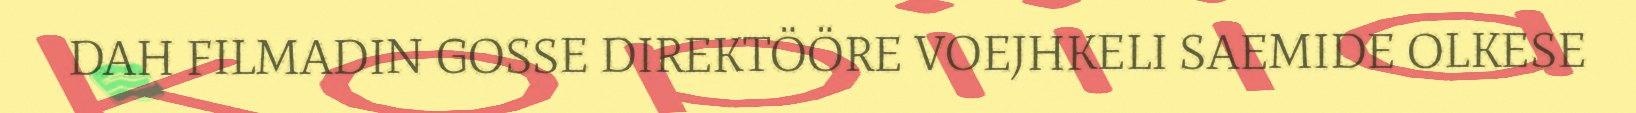
DAH FILMADIN GOSSE DIREKTÖÖRE VOEJHKELI SAEMIDE OLKESE